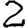
Digit: 2